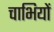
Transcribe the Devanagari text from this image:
चाभियों